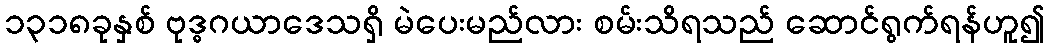
၁၃၁၈ခုနှစ် ဗုဒ္ဓဂယာဒေသရှိ မဲပေးမည်လား စမ်းသိရသည် ဆောင်ရွက်ရန်ဟူ၍